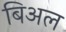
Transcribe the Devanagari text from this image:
बिअल